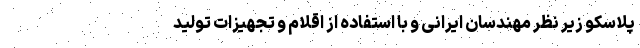
پلاسکو زیر نظر مهندسان ایرانی و با استفاده از اقلام و تجهیزات تولید